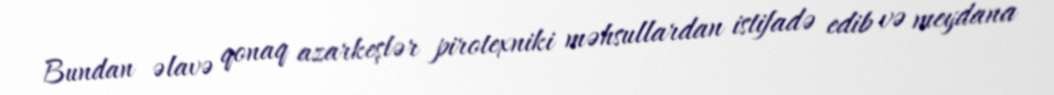
Bundan əlavə qonaq azarkeşlər pirotexniki məhsullardan istifadə edib və meydana